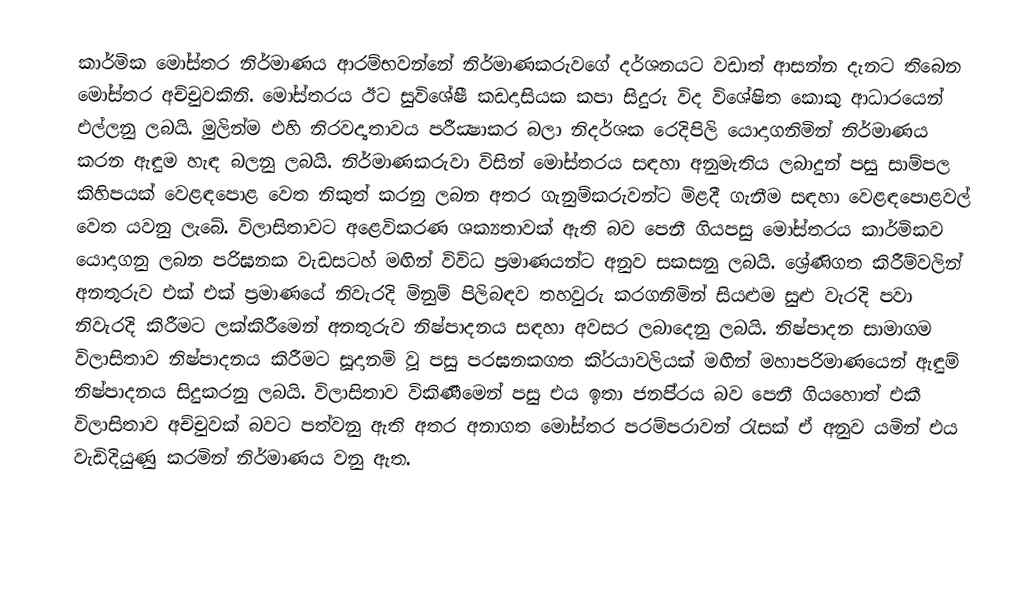
කාර්මික මෝස්තර නිර්මාණය ආරම්භවන්නේ නිර්මාණකරුවගේ දර්ශනයට වඩාත් ආසන්න දැනට තිබෙන මෝස්තර අච්චුවකිනි. මෝස්තරය ඊට සුවිශේෂී කඩදාසියක කපා සිදුරු විද විශේෂිත කොකු ආධාරයෙන් එල්ලනු ලබයි. මුලින්ම එහි නිරවද්‍යතාවය පරීක්‍ෂාකර බලා නිදර්ශක රෙදිපිලි යොදාගනිමින් නිර්මාණය කරන ඇඳුම හැඳ බලනු ලබයි. නිර්මාණකරුවා විසින් මෝස්තරය සඳහා අනුමැතිය ලබාදුන් පසු සාම්පල කිහිපයක් වෙළඳපොළ වෙත නිකුත් කරනු ලබන අතර ගැනුම්කරුවන්ට මිළදී ගැනීම සඳහා වෙළඳපොළවල් වෙත යවනු ලැබේ. විලාසිතාවට අළෙවිකරණ ශක්‍යතාවක් ඇති බව පෙනී ගියපසු මෝස්තරය කාර්මිකව යොදාගනු ලබන පරිඝනක වැඩසටහ් මඟින් විවිධ ප‍්‍රමාණයන්ට අනුව සකසනු ලබයි. ශ්‍රේණිගත කිරීම්වලින් අනතුරුව එක් එක් ප‍්‍රමාණයේ නිවැරදි මිනුම් පිලිබඳව තහවුරු කරගනිමින් සියළුම සුළු වැරදි පවා නිවැරදි කිරීමට ලක්කිරීමෙන් අනතුරුව නිෂ්පාදනය සඳහා අවසර ලබාදෙනු ලබයි. නිෂ්පාදන සාමාගම විලාසිතාව නිෂ්පාදනය කිරීමට සූදානම් වූ පසු පරඝනකගත කි‍්‍රයාවලියක් මඟින් මහාපරිමාණයෙන් ඇඳුම් නිෂ්පාදනය සිදුකරනු ලබයි. විලාසිතාව විකිණීමෙන් පසු එය ඉතා ජනපි‍්‍රය බව පෙනී ගියහොත් එකී විලාසිතාව අච්චුවක් බවට පත්වනු ඇති අතර අනාගත මෝස්තර පරම්පරාවන් රැසක් ඒ අනුව යමින් එය වැඩිදියුණු කරමින් නිර්මාණය වනු ඇත.